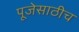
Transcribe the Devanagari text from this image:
पूजेसाठीच